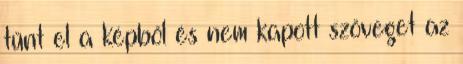
tűnt el a képből és nem kapott szöveget az